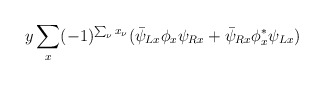
\begin{align*}y\sum_x (-1)^{\sum_\nu x_\nu}(\bar\psi_{Lx}\phi_x\psi_{Rx}+\bar\psi_{Rx}\phi_x^*\psi_{Lx})\end{align*}